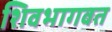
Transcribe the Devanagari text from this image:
शिवभागवत